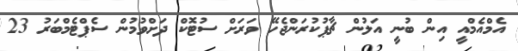
އެމްއެމްއީ އިން ބުނީ އަލުން ޗާޕުކުރަންޖެހޭ ވަރަށް ސުޓޮކް ދަށްވުމުން ސެޕްޓެމްބަރު 23